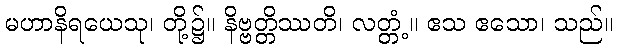
မဟာနိရယေသု၊ တို့၌။ နိဗ္ဗတ္တိဿတိ၊ လတ္တံ့။ ဧသ ဧသော၊ သည်။